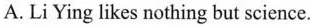
A.LiYing likes nothing but science.